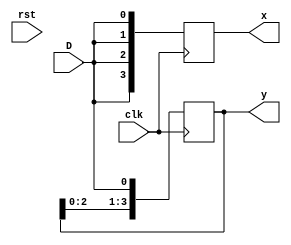
`timescale 1ns / 1ps
//////////////////////////////////////////////////////////////////////////////////
// Company: 
// Engineer: 
// 
// Design Name: 
// Module Name:    blocking_none_blocking_assignment 
// Project Name: 
// Target Devices: 
// Tool versions: 
// Description: 
//
// Dependencies: 
//
// Revision: 
// Revision 0.01 - File Created
// Additional Comments: 
//
//////////////////////////////////////////////////////////////////////////////////
module blocking_none_blocking_assignment(
input  D,
input clk,
input rst,
output reg [3:0]x,
output reg [3:0]y
    );
always@(posedge clk)
begin
	//blocking
	x[0]=D;
	x[1]=x[0];
	x[2]=x[1];
	x[3]=x[2];
	//none_blocking
	y[0] <= D;
	y[1] <= y[0];
	y[2] <= y[1];
	y[3] <= y[2];
end
endmodule